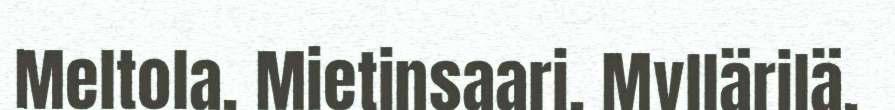
Meltola, Mietinsaari, Myllärilä,